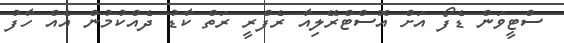
ސްޓީވަން ޑެފޯ އަށް އޮސްޓްރޭލިއާ ރެފްރީ ރަތް ކާޑު ދެއްކުމުން އެއް ހާފު